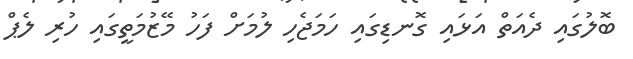
ބޮލުގައި ދެއަތް އަޅައި ގޮނޑިގައި ހަމަޖެހި ލުމަށް ފަހު މޭޒުމަތީގައި ހުރި ލެޕް